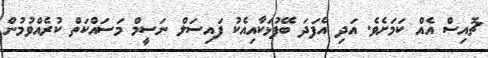
ޗޮއިސް އެއް ކަމަށެވެ. އަދި އެފަދަ ބޭފުޅަކާއިއެކު ފައިސަލް ނަސީމް މަސައްކަތް ކުރެއްވުމުން